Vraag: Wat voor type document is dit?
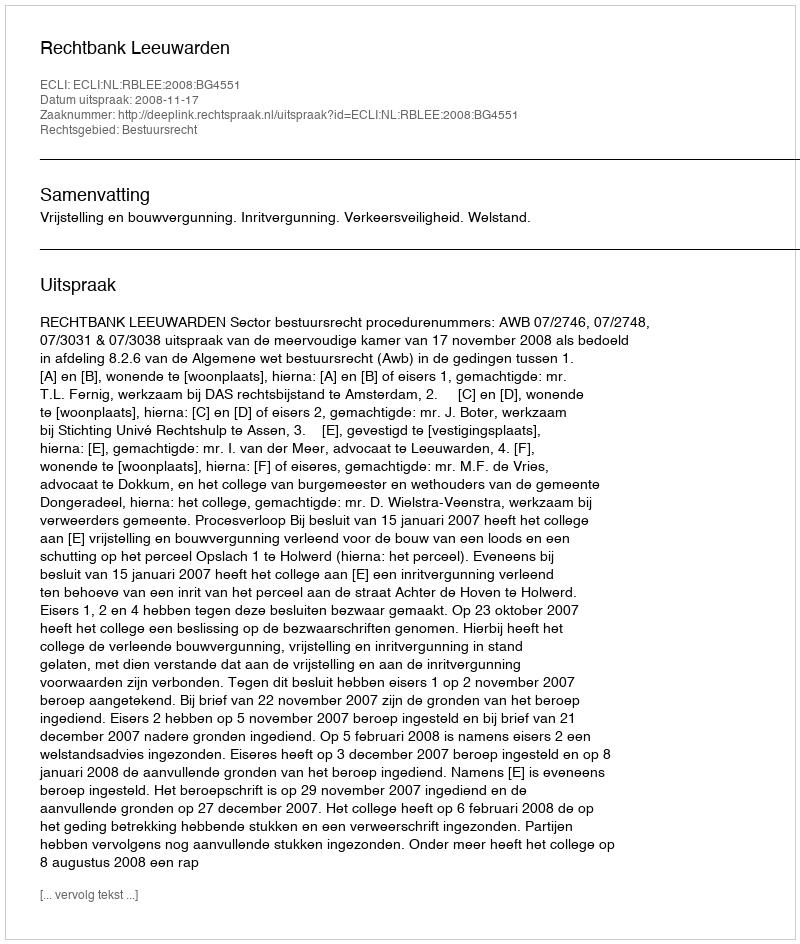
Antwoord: Uitspraak